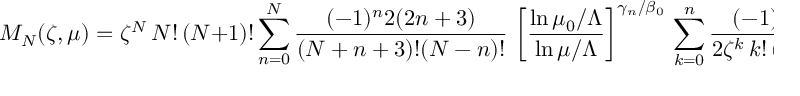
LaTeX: { \cal M } _ { N } ( { \zeta } , \mu ) = \zeta ^ { N } \, N ! \, ( N + 1 ) ! \sum _ { n = 0 } ^ { N } \frac { ( - 1 ) ^ { n } 2 ( 2 n + 3 ) } { ( N + n + 3 ) ! ( N - n ) ! } \, \left[ \frac { \ln \mu _ { 0 } / \Lambda } { \ln \mu / \Lambda } \right] ^ { \gamma _ { n } / \beta _ { 0 } } \, \sum _ { k = 0 } ^ { n } \frac { ( - 1 ) ^ { k } ( k + n + 2 ) ! } { 2 \zeta ^ { k } \, k ! \, ( k + 1 ) ! \, ( n - k ) ! } \, { \cal M } _ { k } ( { \zeta } , \mu _ { 0 } ) \, .